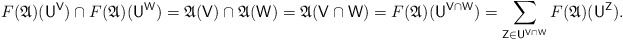
\begin{align*} F(\mathfrak A)(\mathsf U^{\mathsf V}) \cap F(\mathfrak A)(\mathsf U^{\mathsf W}) = \mathfrak A(\mathsf V) \cap \mathfrak A(\mathsf W) = \mathfrak A(\mathsf V \cap \mathsf W) = F(\mathfrak A)(\mathsf U^{\mathsf V \cap \mathsf W}) = \sum_{\mathsf Z \in \mathsf U^{\mathsf V \cap \mathsf W}} F(\mathfrak A)(\mathsf U^{\mathsf Z}). \end{align*}